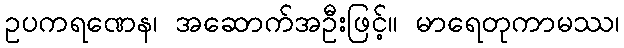
ဥပကရဏေန၊ အဆောက်အဦးဖြင့်။ မာရေတုကာမဿ၊